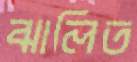
ঝালিত